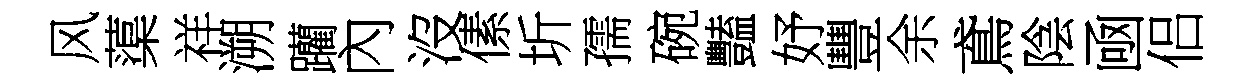
风蕖祥溯躪內沒傃圻孺碗豔妤豐余鳶陰凾侣